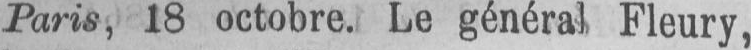
Paris, 18 octobre. Le général Fleury,